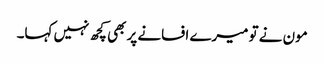
مون نے تو میرے افسانے پر بھی کچھ نہیں کہا۔